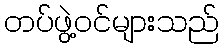
တပ်ဖွဲ့ဝင်များသည်